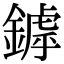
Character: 鏬